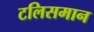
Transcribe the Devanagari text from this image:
टलिसमान